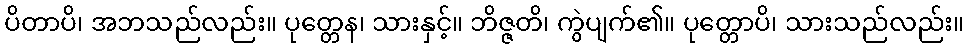
ပိတာပိ၊ အဘသည်လည်း။ ပုတ္တေန၊ သားနှင့်။ ဘိဇ္ဇတိ၊ ကွဲပျက်၏။ ပုတ္တောပိ၊ သားသည်လည်း။